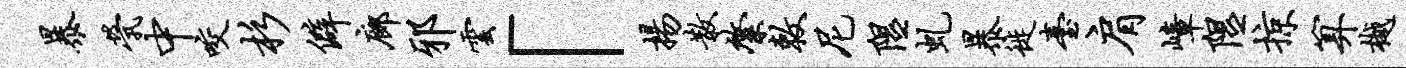
暴茕中咬杉僻廊邪云「扬散綮敕尼隰虬暴徙台肩嶂隰掠算樾